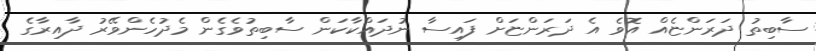
ސާބިތު ދަރަންޏެއް އޮވެ އެ ދަރަންޏަށް ފައިސާ ނުދައްކާކަން ސާބިތުވެގެން މެދުހެންވޭރު ދާއިރާގެ